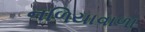
નળિયાવાળા